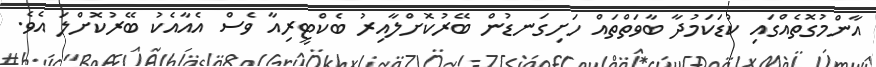
އާންމުގޮތެއްގައި ކުޑަކަމުދާ ބާވަތްތައް ހަށިގަނޑުން ބޭރުކޮށްލާއިރު ބެކްޓީރިއާ ވެސް އެއާއެކު ބޭރުކޮށްލަ އެވެ.